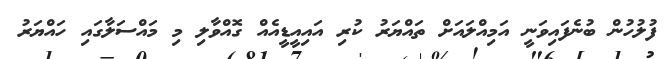
ފުލުހުން ބުނެފައިވަނީ އަމިއްލައަށް ތައްޔަރު ކުރި އައިއީޑީއެއް ގޮއްވާލި މި މައްސަލާގައި ހައްޔަރު